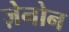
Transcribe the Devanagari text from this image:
ज़ेनोन